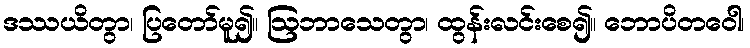
ဒဿယိတွာ၊ ပြတော်မူ၍။ ဩဘာသေတွာ၊ ထွန်းလင်းစေ၍။ ဘောပိတဝေါ၊